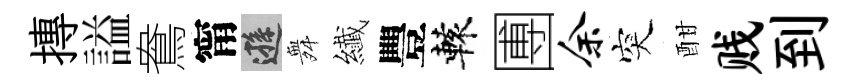
摶謚鴦甯遜舞纎豐轅圑余突酣贱到